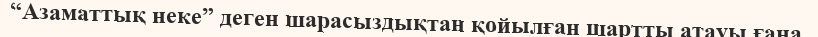
“Азаматтық неке” деген шарасыздықтан қойылған шартты атауы ғана.